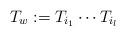
LaTeX: \begin{align*}T_w:=T_{i_1}\cdots T_{i_l}\end{align*}